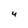
Character: 4